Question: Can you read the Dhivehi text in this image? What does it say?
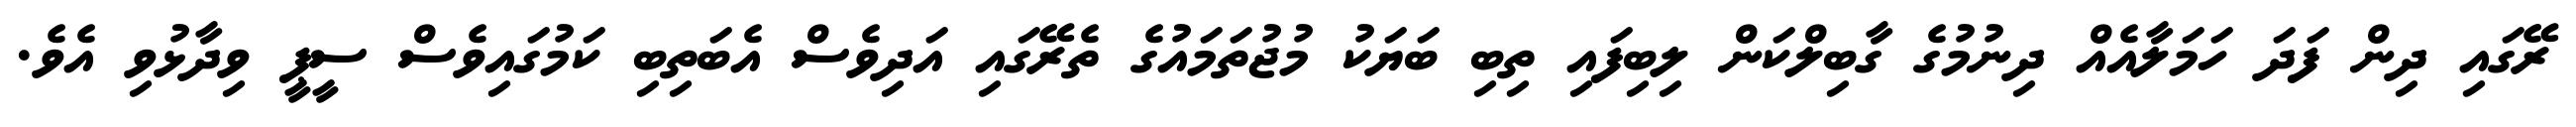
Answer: ރޭގައި ދިން ފަދަ ހަމަލާއެއް ދިނުމުގެ ގާބިލްކަން ލިބިފައި ތިބި ބަޔަކު މުޖުތަމައުގެ ތެރޭގައި އަދިވެސް އެބަތިބި ކަމުގައިވެސް ސީޕީ ވިދާޅުވި އެވެ.